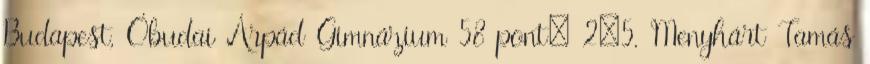
Budapest, Óbudai Árpád Gimnázium 58 pont; 2–5. Menyhárt Tamás